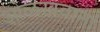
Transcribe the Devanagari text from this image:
ओळखवानां